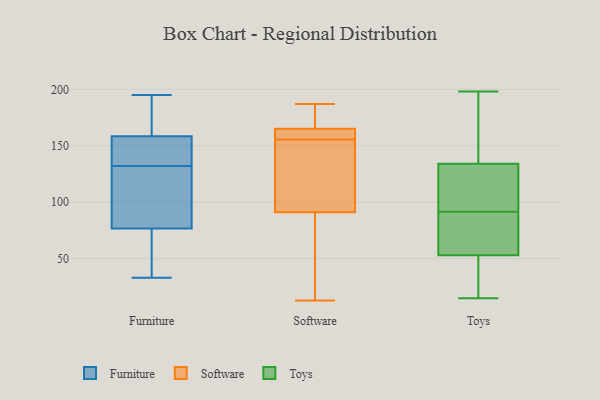
{"axis": {"x": "Conversion Rate (%)", "y": "Value"}, "legend": ["Furniture", "Software", "Toys"], "data": [{"x": "", "y": 91, "type": "Furniture"}, {"x": "", "y": 104, "type": "Furniture"}, {"x": "", "y": 160, "type": "Furniture"}, {"x": "", "y": 83, "type": "Furniture"}, {"x": "", "y": 55, "type": "Furniture"}, {"x": "", "y": 33, "type": "Furniture"}, {"x": "", "y": 88, "type": "Furniture"}, {"x": "", "y": 35, "type": "Furniture"}, {"x": "", "y": 193, "type": "Furniture"}, {"x": "", "y": 195, "type": "Furniture"}, {"x": "", "y": 132, "type": "Furniture"}, {"x": "", "y": 58, "type": "Furniture"}, {"x": "", "y": 139, "type": "Furniture"}, {"x": "", "y": 173, "type": "Furniture"}, {"x": "", "y": 140, "type": "Furniture"}, {"x": "", "y": 137, "type": "Furniture"}, {"x": "", "y": 158, "type": "Furniture"}, {"x": "", "y": 151, "type": "Software"}, {"x": "", "y": 160, "type": "Software"}, {"x": "", "y": 68, "type": "Software"}, {"x": "", "y": 165, "type": "Software"}, {"x": "", "y": 13, "type": "Software"}, {"x": "", "y": 99, "type": "Software"}, {"x": "", "y": 168, "type": "Software"}, {"x": "", "y": 164, "type": "Software"}, {"x": "", "y": 91, "type": "Software"}, {"x": "", "y": 187, "type": "Software"}, {"x": "", "y": 34, "type": "Toys"}, {"x": "", "y": 134, "type": "Toys"}, {"x": "", "y": 198, "type": "Toys"}, {"x": "", "y": 88, "type": "Toys"}, {"x": "", "y": 177, "type": "Toys"}, {"x": "", "y": 90, "type": "Toys"}, {"x": "", "y": 93, "type": "Toys"}, {"x": "", "y": 116, "type": "Toys"}, {"x": "", "y": 28, "type": "Toys"}, {"x": "", "y": 87, "type": "Toys"}, {"x": "", "y": 15, "type": "Toys"}, {"x": "", "y": 159, "type": "Toys"}, {"x": "", "y": 53, "type": "Toys"}, {"x": "", "y": 102, "type": "Toys"}]}